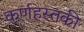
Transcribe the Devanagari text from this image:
कर्णहस्तकी